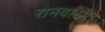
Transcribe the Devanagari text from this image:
रानवाटेने